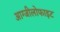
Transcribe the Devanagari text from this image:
आग्जीलोफाइट